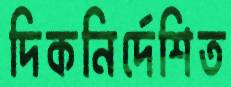
দিকনির্দেশিত